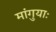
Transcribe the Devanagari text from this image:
मांगुयाः